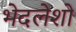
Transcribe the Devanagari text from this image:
भेदलेशो